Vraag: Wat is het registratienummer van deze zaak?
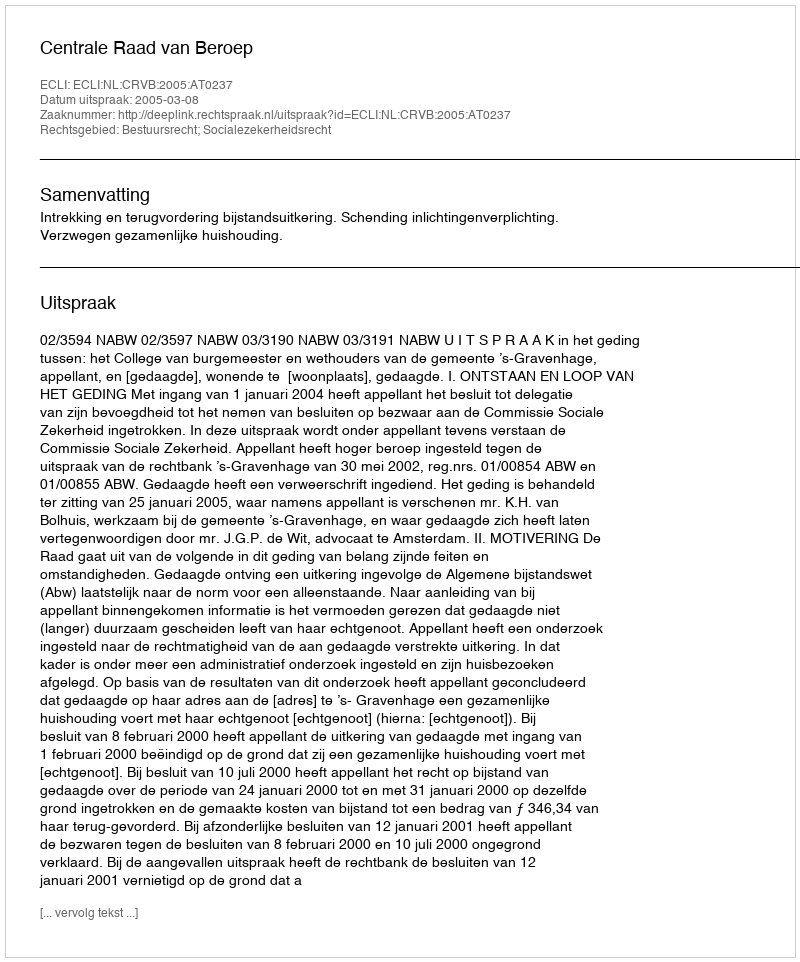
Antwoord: http://deeplink.rechtspraak.nl/uitspraak?id=ECLI:NL:CRVB:2005:AT0237